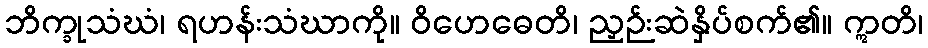
ဘိက္ခုသံဃံ၊ ရဟန်းသံဃာကို။ ဝိဟေဓေတိ၊ ညှဉ်းဆဲနှိပ်စက်၏။ ဣတိ၊